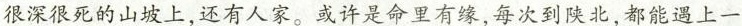
很深很死的山坡上，还有人家。或许是命里有缘，每次到陕北，都能遇上一